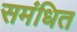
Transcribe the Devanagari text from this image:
समंधित